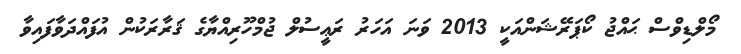
މޯލްޑިވްސް ޙައްޖު ކޯޕަރޭޝަންއަކީ 2013 ވަނަ އަހަރު ރަޢީސުލް ޖުމްހޫރިއްޔާގެ ޤަރާރަކުން އުފައްދަވާފައިވާ